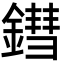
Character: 鏏